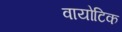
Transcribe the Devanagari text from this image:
वायोटिक